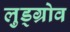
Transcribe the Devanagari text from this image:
लुड्ग्रोव